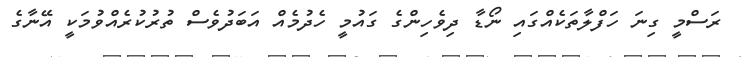
ރަސްމީ ގިނަ ހަފްލާތަކެއްގައި ނޯޑާ ދިވެހިންގެ ގައުމީ ހެދުމެއް އަބަދުވެސް ތުރުކުރެއްވުމަކީ އޭނާގެ